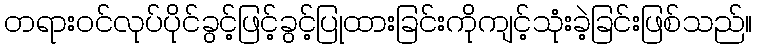
တရားဝင်လုပ်ပိုင်ခွင့်ဖြင့်ခွင့်ပြုထားခြင်းကိုကျင့်သုံးခဲ့ခြင်းဖြစ်သည်။